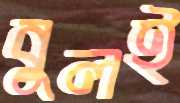
বুলই